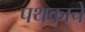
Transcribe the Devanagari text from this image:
पथकाचेे